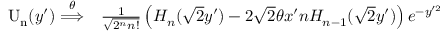
\begin{array} { r l } { \mathrm { U _ { n } } ( y ^ { \prime } ) \overset { \theta } { \Longrightarrow } } & { { } \frac { 1 } { \sqrt { 2 ^ { n } n ! } } \left( H _ { n } ( \sqrt { 2 } y ^ { \prime } ) - 2 \sqrt { 2 } \theta x ^ { \prime } n H _ { n - 1 } ( \sqrt { 2 } y ^ { \prime } ) \right) e ^ { - y ^ { \prime 2 } } } \end{array}